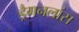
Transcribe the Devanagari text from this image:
ड्रैगनलांस